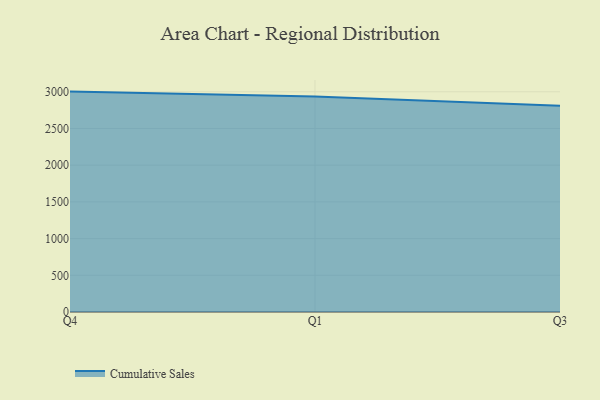
{"axis": {"x": "Quarter", "y": "Waste Production (Tons)"}, "legend": ["Cumulative Sales"], "data": [{"x": "Q4", "y": 3002.5, "type": "Cumulative Sales"}, {"x": "Q1", "y": 2937.0, "type": "Cumulative Sales"}, {"x": "Q3", "y": 2810.7, "type": "Cumulative Sales"}]}